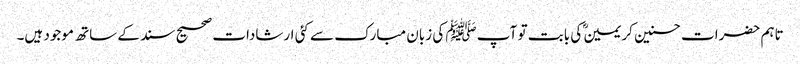
تاہم حضرات حسنین کریمینؓ کی بابت تو آپ ﷺ کی زبان مبارک سے کئی ارشادات صحیح سند کے ساتھ موجود ہیں۔